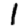
Digit: 1